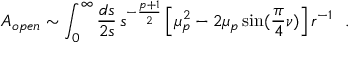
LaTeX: { \cal A } _ { o p e n } \sim \int _ { 0 } ^ { \infty } { \frac { d s } { 2 s } } \, s ^ { - { \frac { p + 1 } { 2 } } } \left[ \mu _ { p } ^ { 2 } - 2 \mu _ { p } \sin ( { \frac { \pi } { 4 } } \nu ) \right] r ^ { - 1 } ~ ~ .